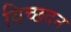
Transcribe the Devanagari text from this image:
विच्छदन